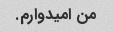
من امیدوارم.